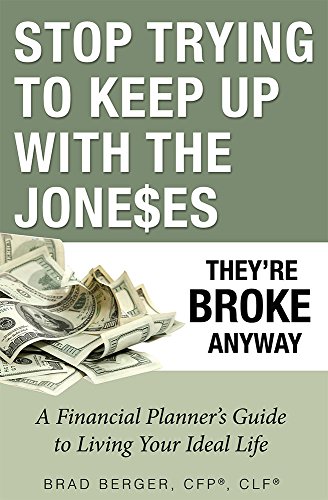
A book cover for Stop Trying To Keep Up With The Joneses: They're Broke Anyway; Brad Berger; Business & Money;